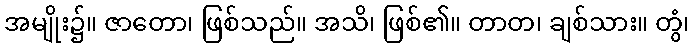
အမျိုး၌။ ဇာတော၊ ဖြစ်သည်။ အသိ၊ ဖြစ်၏။ တာတ၊ ချစ်သား။ တွံ၊